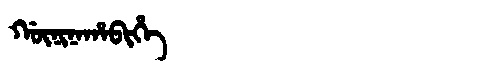
Manchu: ᡤᡡᠨᡳᠨᠠᡥᠠᠪᡳᡥᡝ
Romanization: GŪNINAHABIHE